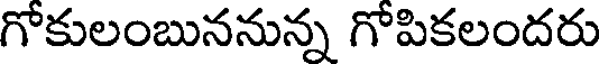
గోకులంబుననున్న గోపికలందరు